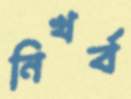
নিখর্ব